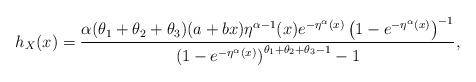
LaTeX: \begin{align*}h_{X}(x)=\frac{\alpha (\theta _{1}+\theta _{2}+\theta _{3})(a+bx)\eta^{\alpha -1}(x)e^{-\eta ^{\alpha }(x)}\left( 1-e^{-\eta ^{\alpha}(x)}\right) ^{-1}}{\left( 1-e^{-\eta ^{\alpha }(x)}\right) ^{\theta_{1}+\theta _{2}+\theta _{3}-1}-1},\end{align*}